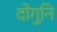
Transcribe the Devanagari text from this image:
दोगुनि